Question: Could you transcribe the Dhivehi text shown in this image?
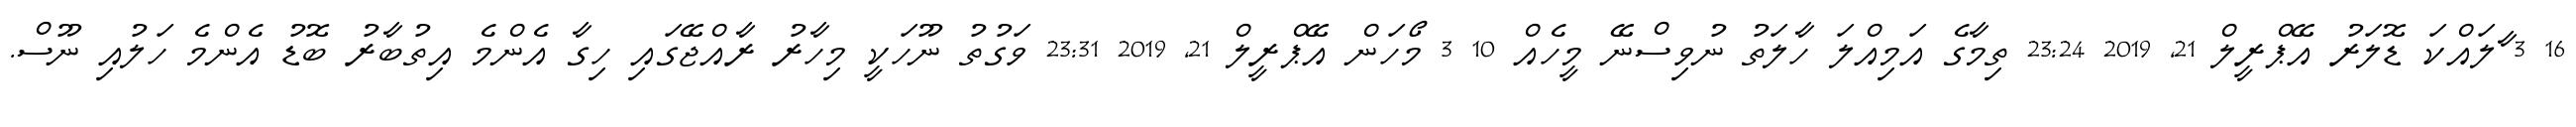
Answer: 16 3 ާލައްކަ ޑޮލަރު އޭޕްރީލް 21, 2019 23:24 ތިމާގެ އަމިއްލަ ހާލަތު ނުވިސްނޭ މީހެއް 10 3 މޯހަން އޭޕްރީލް 21, 2019 23:31 ވަގުތު ނޫހަކީ މިހާރު ރާއްޖޭގައި ހިގާ އެންމެ އިތުބާރު ބޮޑު އެންމެ ހަލުއި ނޫސް.